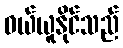
ဝယ်ယူနိုင်သည်